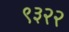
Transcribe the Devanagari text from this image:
९३२२